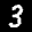
Label: 3